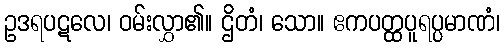
ဥဒရပဋလေ၊ ဝမ်းလွှာ၏။ ဌိတံ၊ သော။ ဧကပတ္ထပူရပ္ပမာဏံ၊